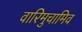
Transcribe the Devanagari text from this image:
वारिमुचामिव